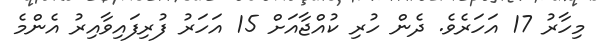
މިހާރު 17 އަހަރެވެ. ދެން ހުރި ކުއްޖާއަށް 15 އަހަރު ފުރިފައިވާއިރު އެންމެ